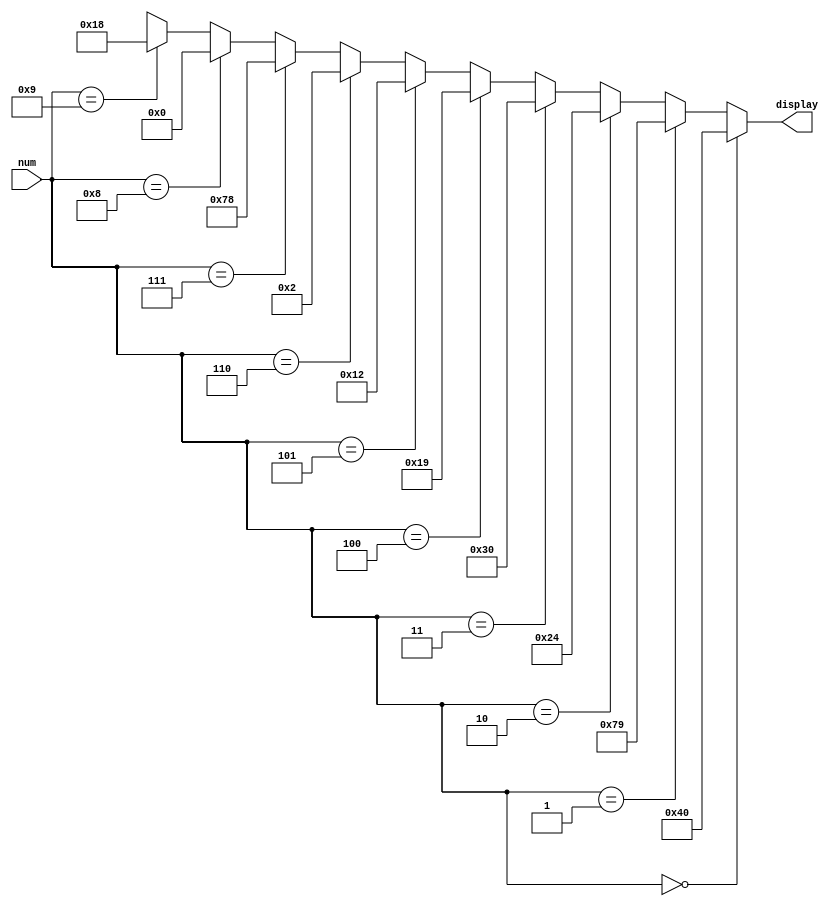
module seven_seg (
	input [3:0] num,
	output [6:0] display
	);
	assign display = 
		num == 0 ? ~7'b0111111:
		num == 1 ? ~7'b0000110:
		num == 2 ? ~7'b1011011:
		num == 3 ? ~7'b1001111:
		num == 4 ? ~7'b1100110:
		num == 5 ? ~7'b1101101:
		num == 6 ? ~7'b1111101:
		num == 7 ? ~7'b0000111:
		num == 8 ? ~7'b1111111:
		num == 9 ? ~7'b1100111:
		7'bxxxxxxx;
endmodule